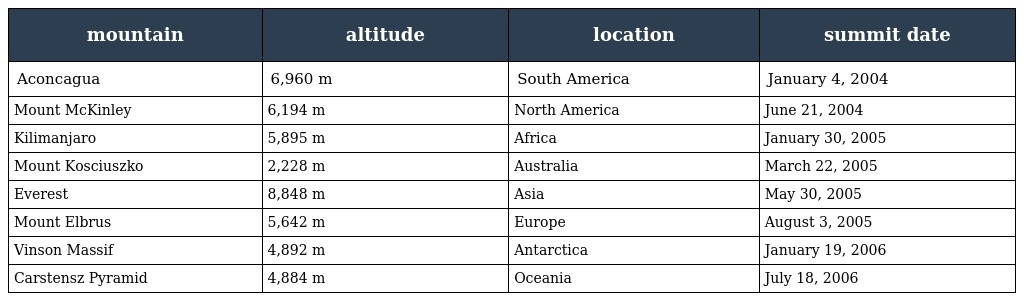
| mountain | altitude | location | summit date |
 | --- | --- | --- | --- |
 | Aconcagua | 6,960 m | South America | January 4, 2004 |
 | Mount McKinley | 6,194 m | North America | June 21, 2004 |
 | Kilimanjaro | 5,895 m | Africa | January 30, 2005 |
 | Mount Kosciuszko | 2,228 m | Australia | March 22, 2005 |
 | Everest | 8,848 m | Asia | May 30, 2005 |
 | Mount Elbrus | 5,642 m | Europe | August 3, 2005 |
 | Vinson Massif | 4,892 m | Antarctica | January 19, 2006 |
 | Carstensz Pyramid | 4,884 m | Oceania | July 18, 2006 |